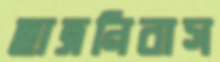
ছাত্রনিবাস